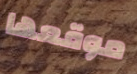
موقعها